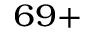
^ { 6 9 + }